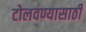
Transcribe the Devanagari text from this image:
टोलवण्यासाठी